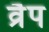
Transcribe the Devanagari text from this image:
व्रैप